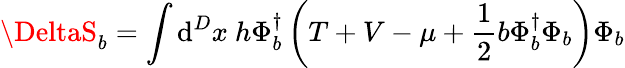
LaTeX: \DeltaS_{b}=\int\mathrm{d}^{D}x~h\Phi_{b}^{\dagger}\left(T+V-\mu+\frac{{1}}{{2}}b\Phi_{b}^{\dagger}\Phi_{b}\right)\Phi_{b}